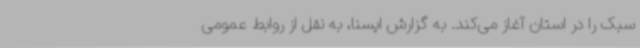
سبک را در استان آغاز می‌کند. به گزارش ایسنا، به نقل از روابط عمومی